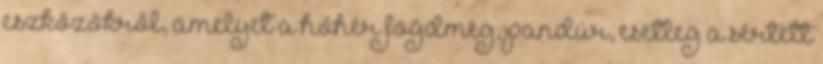
eszközökről, amelyet a hóhér fogdmeg, pandúr, esetleg a sértett